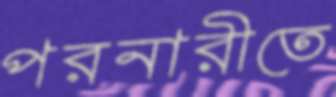
পরনারীতে